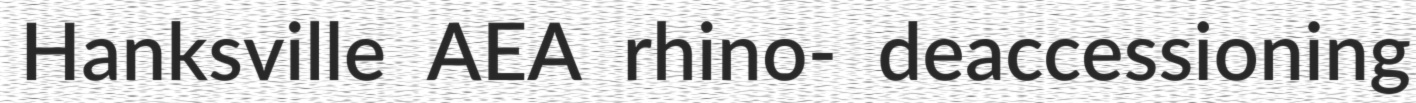
Hanksville AEA rhino- deaccessioning